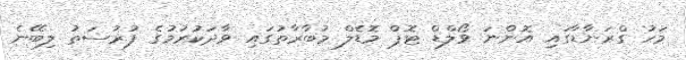
މަހު ގްރަނާޑާގައި އޮންނަ ވޯލްޑް ޓޮޕް މޮޑެލް މުބާރާތުގައި ވާދަކުރުމުގެ ފުރުސަތު ލިބޭނެ